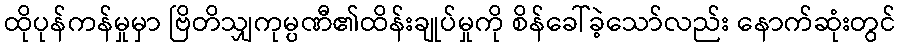
ထိုပုန်ကန်မှုမှာ ဗြိတိသျှကုမ္ပဏီ၏ထိန်းချုပ်မှုကို စိန်ခေါ်ခဲ့သော်လည်း နောက်ဆုံးတွင်